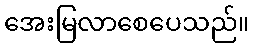
အေးမြလာစေပေသည်။